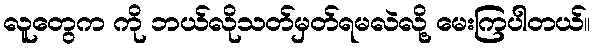
လူတွေက ကို ဘယ်လိုသတ်မှတ်ရမလဲလို့ မေးကြပါတယ်။